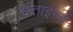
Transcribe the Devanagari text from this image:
सत्ताईस्वें